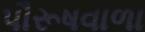
પૌરૂષવાળા